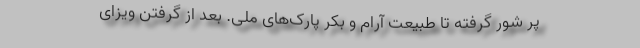
پر شور گرفته تا طبیعت آرام و بکر پارک‌های ملی. بعد از گرفتن ویزای